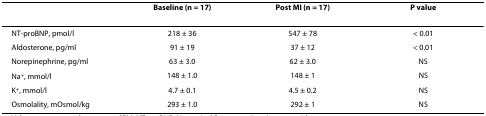
|  | Baseline (n = 17) | Post MI (n = 17) | P value |
 | --- | --- | --- | --- |
 | NT-proBNP, pmol/l | 218 ± 36 | 547 ± 78 | < 0.01 |
 | Aldosterone, pg/ml | 91 ± 19 | 37 ± 12 | < 0.01 |
 | Norepinephrine, pg/ml | 63 ± 3.0 | 62 ± 3.0 | NS |
 | Na+, mmol/l | 148 ± 1.0 | 148 ± 1 | NS |
 | K+, mmol/l | 4.7 ± 0.1 | 4.5 ± 0.2 | NS |
 | Osmolality, mOsmol/kg | 293 ± 1.0 | 292 ± 1 | NS |